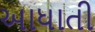
આધાતી